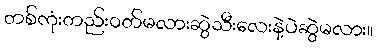
တစ်ကုံးတည်း၀တ်မလားဆွဲသီးလေးနဲ့ပဲဆွဲမလား။